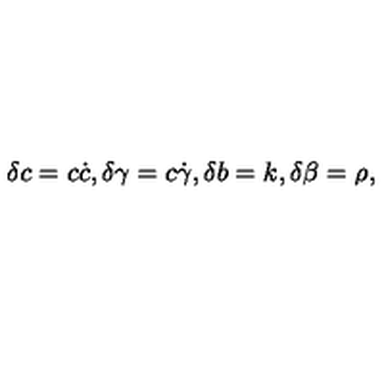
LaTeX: \delta c = c \dot { c } , \delta \gamma = c \dot { \gamma } , \delta b = k , \delta \beta = \rho ,